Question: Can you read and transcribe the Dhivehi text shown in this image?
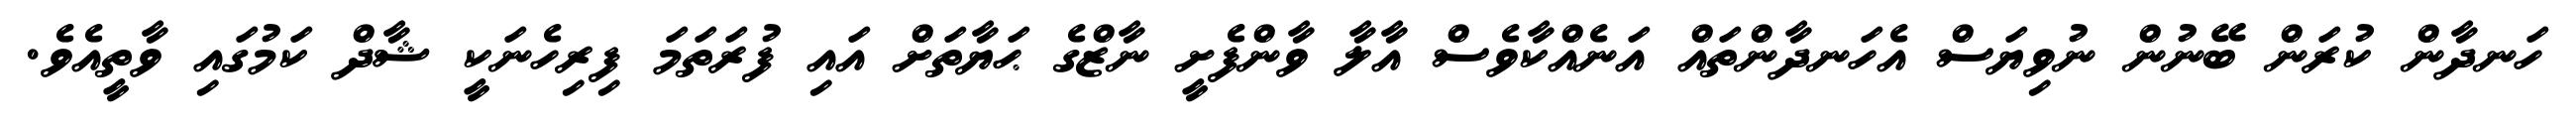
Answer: ހަނދާން ކުރަން ބޭނުން ނުވިޔަސް އެހަނދާންތައް އަނެއްކާވެސް އާލާ ވާންފެށީ ނާޒްގެ ޙަޔާތަށް އައި ފުރަތަމަ ފިރިހެނަކީ ޝާދް ކަމުގައި ވާތީއެވެ.